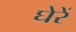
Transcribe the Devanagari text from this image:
घेरें